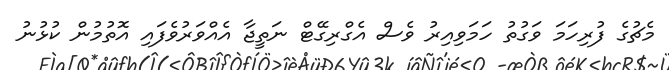
މެޗުގެ ފުރިހަމަ ވަގުތު ހަމަވިއިރު ވެސް އެގްރިގޭޓް ނަތީޖާ އެއްވަރުވެފައި އޮތުމުން ކުޅުނު